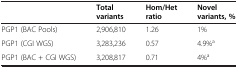
|  | Total variants | Hom/Het ratio | Novel variants, % |
 | --- | --- | --- | --- |
 | PGP1 (BAC Pools) | 2,906,810 | 1.26 | 1% |
 | PGP1 (CGI WGS) | 3,283,236 | 0.57 | 4.9%a |
 | PGP1 (BAC + CGI WGS) | 3,208,817 | 0.71 | 4%a |